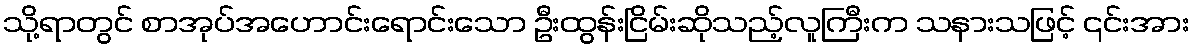
သို့ရာတွင် စာအုပ်အဟောင်းရောင်းသော ဦးထွန်းငြိမ်းဆိုသည့်လူကြီးက သနားသဖြင့် ၎င်းအား